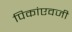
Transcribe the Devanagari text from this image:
पिकांएवजी